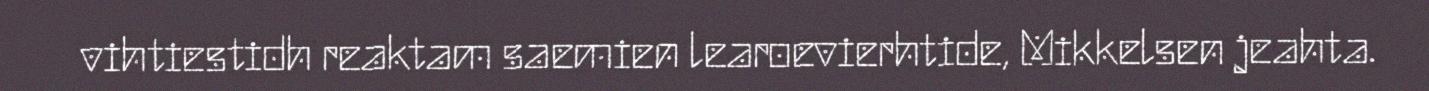
vihtiestidh reaktam saemien learoevierhtide, Mikkelsen jeahta.